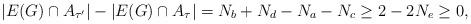
LaTeX: \begin{align*} |E(G) \cap A_{\tau'}| - |E(G) \cap A_\tau| = N_b + N_d - N_a - N_c \ge 2 - 2 N_e \ge 0, \end{align*}